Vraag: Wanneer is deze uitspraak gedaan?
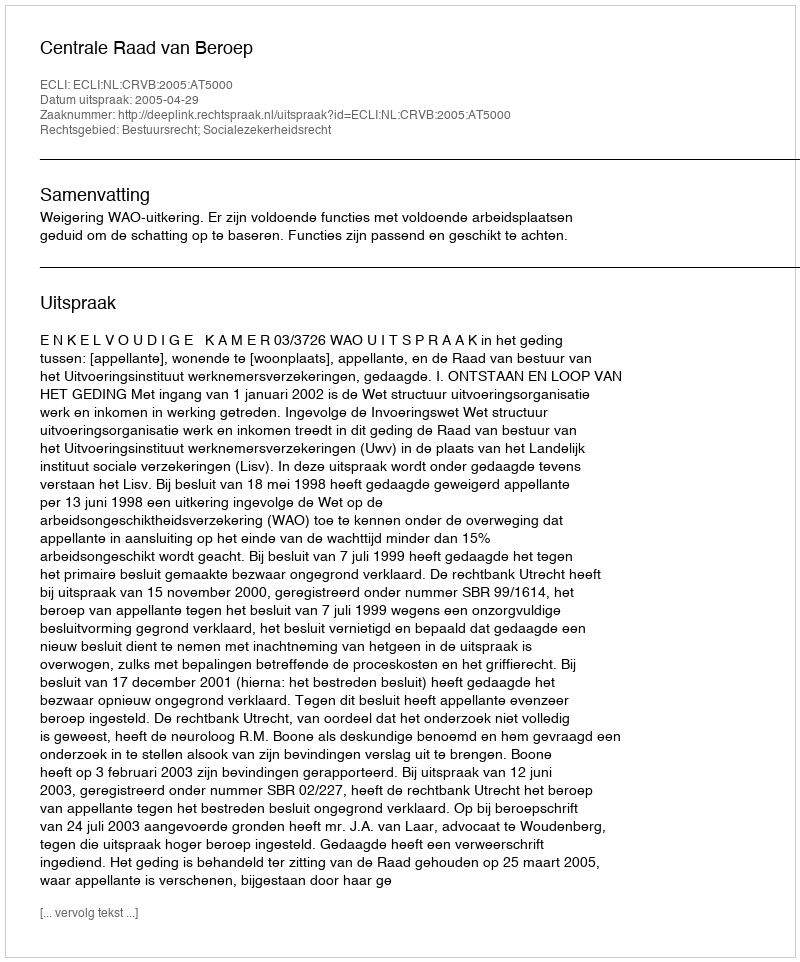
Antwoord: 2005-04-29